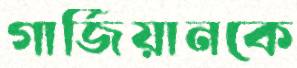
গার্জিয়ানকে